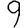
Digit: 9